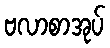
ဗလာစာအုပ်